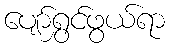
ပျော်ရွှင်ဖွယ်ရာ